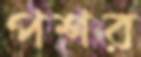
পশর